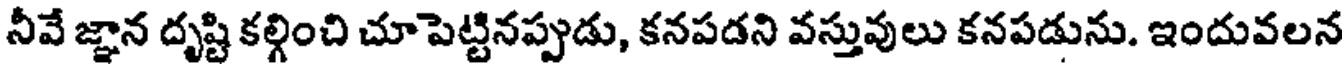
నీవే జ్ఞాన దృష్టి కల్గించి చూపెట్టినప్పుడు, కనపడని వస్తువులు కనపడును. ఇందువలన